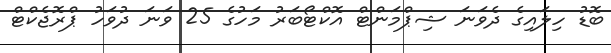
ބޮޑު ހިލައިގެ ދެވަނަ ޝިޕްމަންޓް އޮކްޓޯބަރު މަހުގެ 25 ވަނަ ދުވަހު ޕްރޮޖެކްޓް